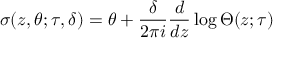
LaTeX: \sigma ( z , \theta ; \tau , \delta ) = \theta + \frac { \delta } { 2 \pi i } \frac { d } { d z } \log \Theta ( z ; \tau )